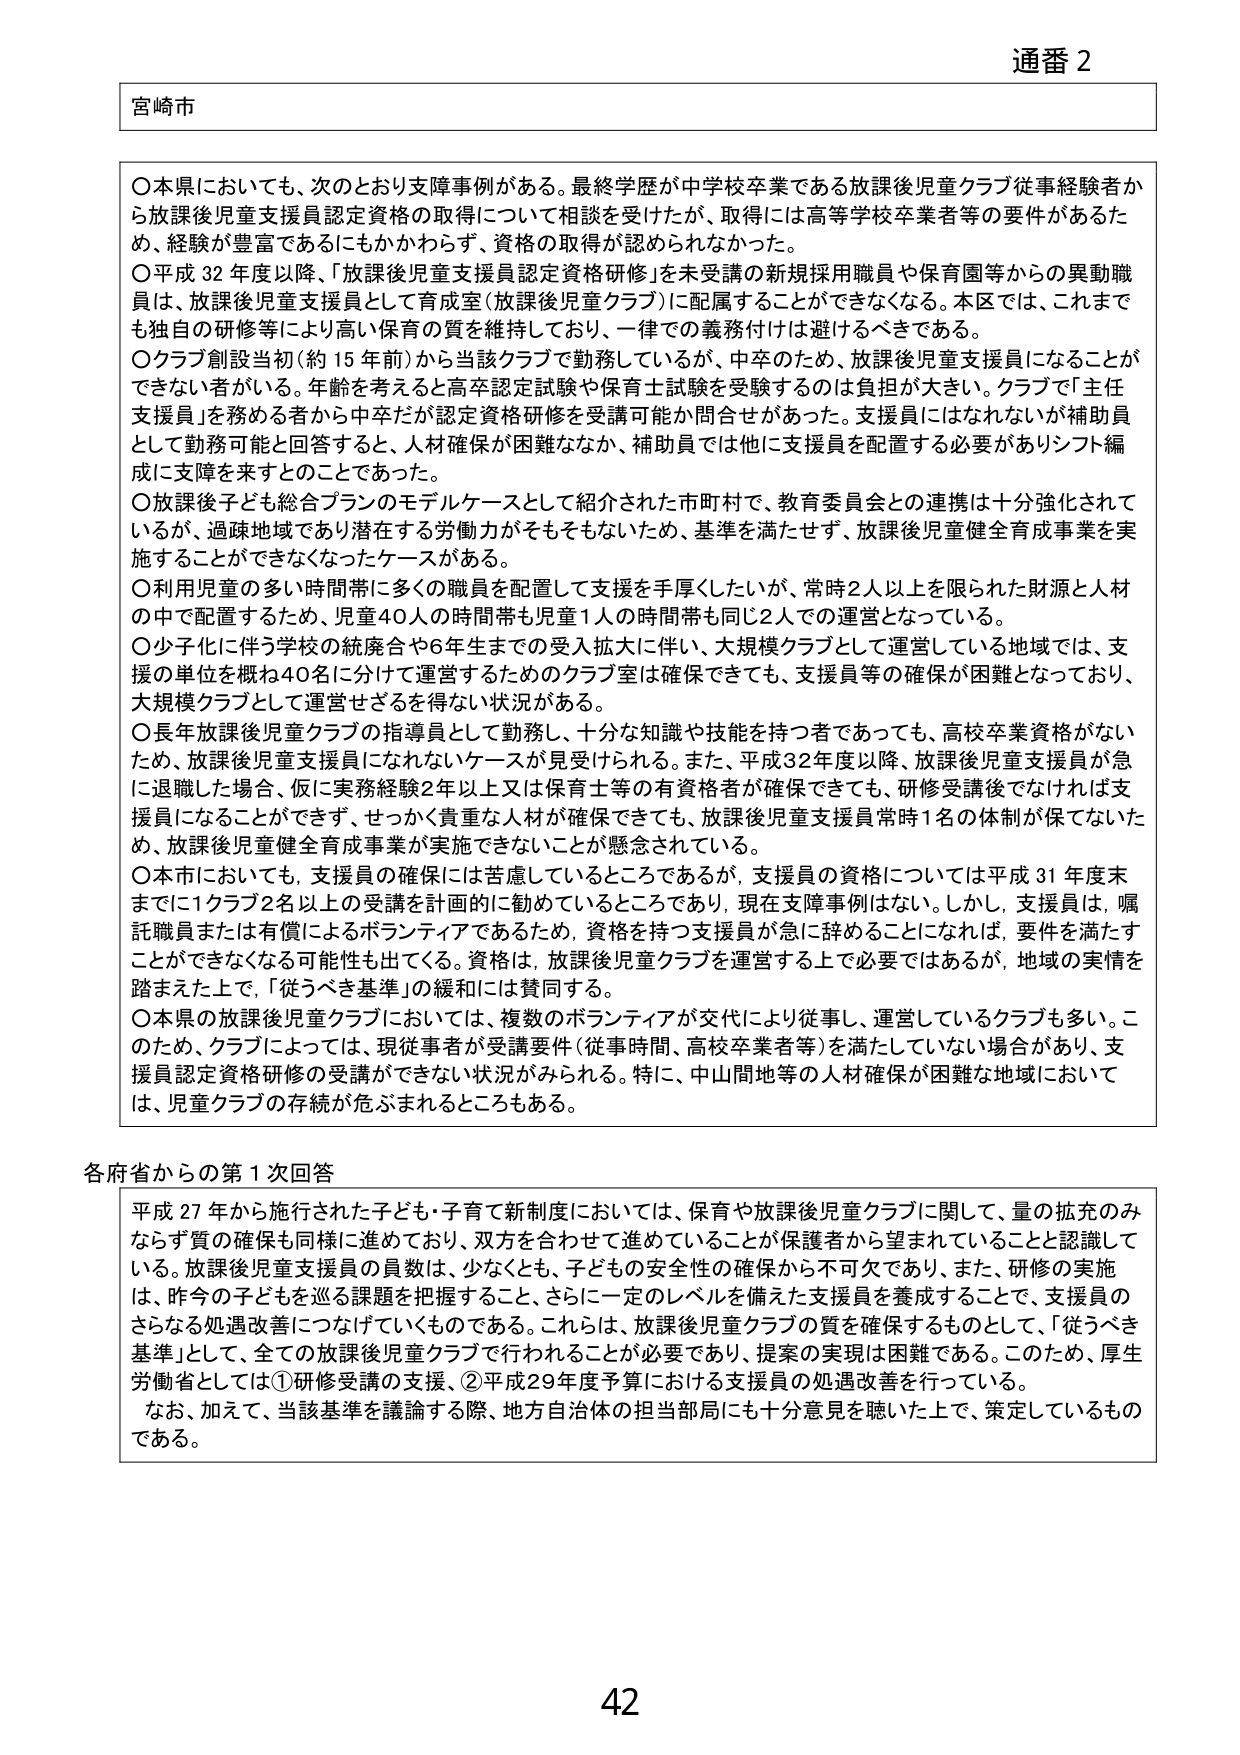
通番 2

宮崎市

〇本県においても、次のとおり支援事例がある。最終学歴が中学校卒業である放課後児童クラブ従事経験者から放課後児童支援員認定資格の取得について相談を受けたが、取得には高等学校卒業者等の要件があるため、経験が豊富であるにもかかわらず、資格の取得が認められなかった。

〇平成32年度以降、「放課後児童支援員認定資格研修」を未受講の新規採用職員や保育園等からの異動職員は、放課後児童支援員として育成室（放課後児童クラブ）に配属することができなくなる。本区では、これまでも独自の研修等により高い保育の質を維持しており、一律での義務付けは避けるべきである。

〇クラブ創設当初（約15年前）から当該クラブで勤務しているが、中卒のため、放課後児童支援員になることができない者がいる。年齢を考えると高卒認定試験や保育士試験を受験するのは負担が大きい。クラブで「主任支援員」を務める者から中卒だが認定資格研修を受講可能か問合せがあった。支援員にはなれないが補助員として勤務可能と回答すると、人材確保が困難ななか、補助員では他に支援員を配置する必要がありシフト編成に支障を来すとのことであった。

〇放課後子ども総合プランのモデルケースとして紹介された市町村で、教育委員会との連携は十分強化されているが、過疎地域であり潜在する労働力がそもそもないため、基準を満たせず、放課後児童健全育成事業を実施することができなくなったケースがある。

〇利用児童の多い時間帯に多くの職員を配置して支援を手厚くしたいが、常時2人以上を限られた財源と人材の中で配置するため、児童40人の時間帯も児童1人の時間帯も同じ2人での運営となっている。

〇少子化に伴う学校の統廃合や6年生までの受入拡大に伴い、大規模クラブとして運営している地域では、支援の単位を概ね40名に分けて運営するためのクラブ室は確保できても、支援員等の確保が困難となっており、大規模クラブとして運営せざるを得ない状況がある。

〇長年放課後児童クラブの指導員として勤務し、十分な知識や技能を持つ者であっても、高校卒業資格がないため、放課後児童支援員になれないケースが見受けられる。また、平成32年度以降、放課後児童支援員が急に退職した場合、仮に実務経験2年以上又は保育士等の有資格者が確保できても、研修受講後でなければ支援員になることができず、せっかく貴重な人材が確保できても、放課後児童支援員常時1名の体制が保てないため、放課後児童健全育成事業が実施できないことが懸念されている。

〇本市においても、支援員の確保には苦慮しているところであるが、支援員の資格については平成31年度末までに1クラブ2名以上の受講を計画的に勧めているところであり、現在支援事例はない。しかし、支援員は、嘱託職員または有償によるボランティアであるため、資格を持つ支援員が急に辞めることになれば、要件を満たすことができなくなる可能性も出てくる。資格は、放課後児童クラブを運営する上で必要ではあるが、地域の実情を踏まえた上で、「従うべき基準」の緩和には賛同する。

〇本県の放課後児童クラブにおいては、複数のボランティアが交代により従事し、運営しているクラブも多い。このため、クラブによっては、現従事者が受講要件（従事時間、高校卒業者等）を満たしていない場合があり、支援員認定資格研修の受講ができない状況がみられる。特に、中山間地等の人材確保が困難な地域においては、児童クラブの存続が危ぶまれるところもある。

各府省からの第1次回答

平成27年から施行された子ども・子育て新制度においては、保育や放課後児童クラブに関して、量の拡充のみならず質の確保も同様に進めており、双方を合わせて進めていることが保護者から望まれていることと認識している。放課後児童支援員の員数は、少なくとも、子どもの安全性の確保から不可欠であり、また、研修の実施は、昨今の子どもを巡る課題を把握すること、さらに一定のレベルを備えた支援員を養成することで、支援員のさらなる処遇改善につなげていくものである。これらは、放課後児童クラブの質を確保するものとして、「従うべき基準」として、全ての放課後児童クラブで行われることが必要であり、提案の実現は困難である。このため、厚生労働省としては①研修受講の支援、②平成29年度予算における支援員の処遇改善を行っている。

なお、加えて、当該基準を議論する際、地方自治体の担当部局にも十分意見を聴いた上で、策定しているものである。

42